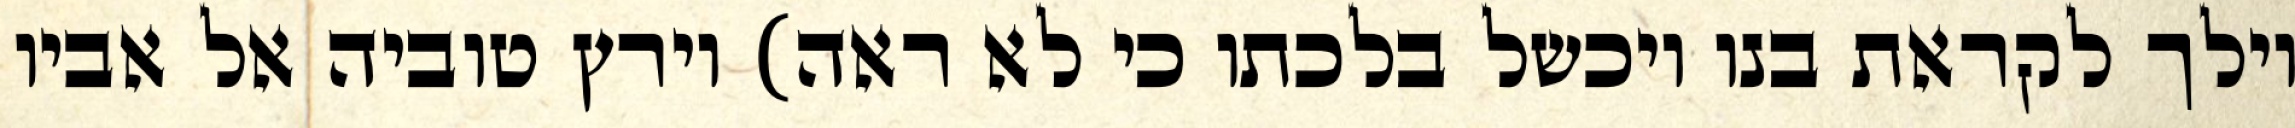
וילך לקראת בנו ויכשל בלכתו כי לא ראה) וירץ טוביה אל אביו